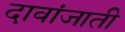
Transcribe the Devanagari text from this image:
दावांजाती